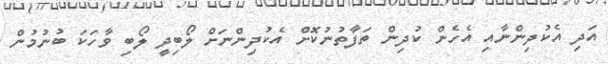
އަދި އެކުދިންނާއި އެހެން ކުދިން ތަފާތުނުކޮށް އެކުދިންނަށް ލޯބިދީ ލޯބި ވާހަކަ ބުނުމުން